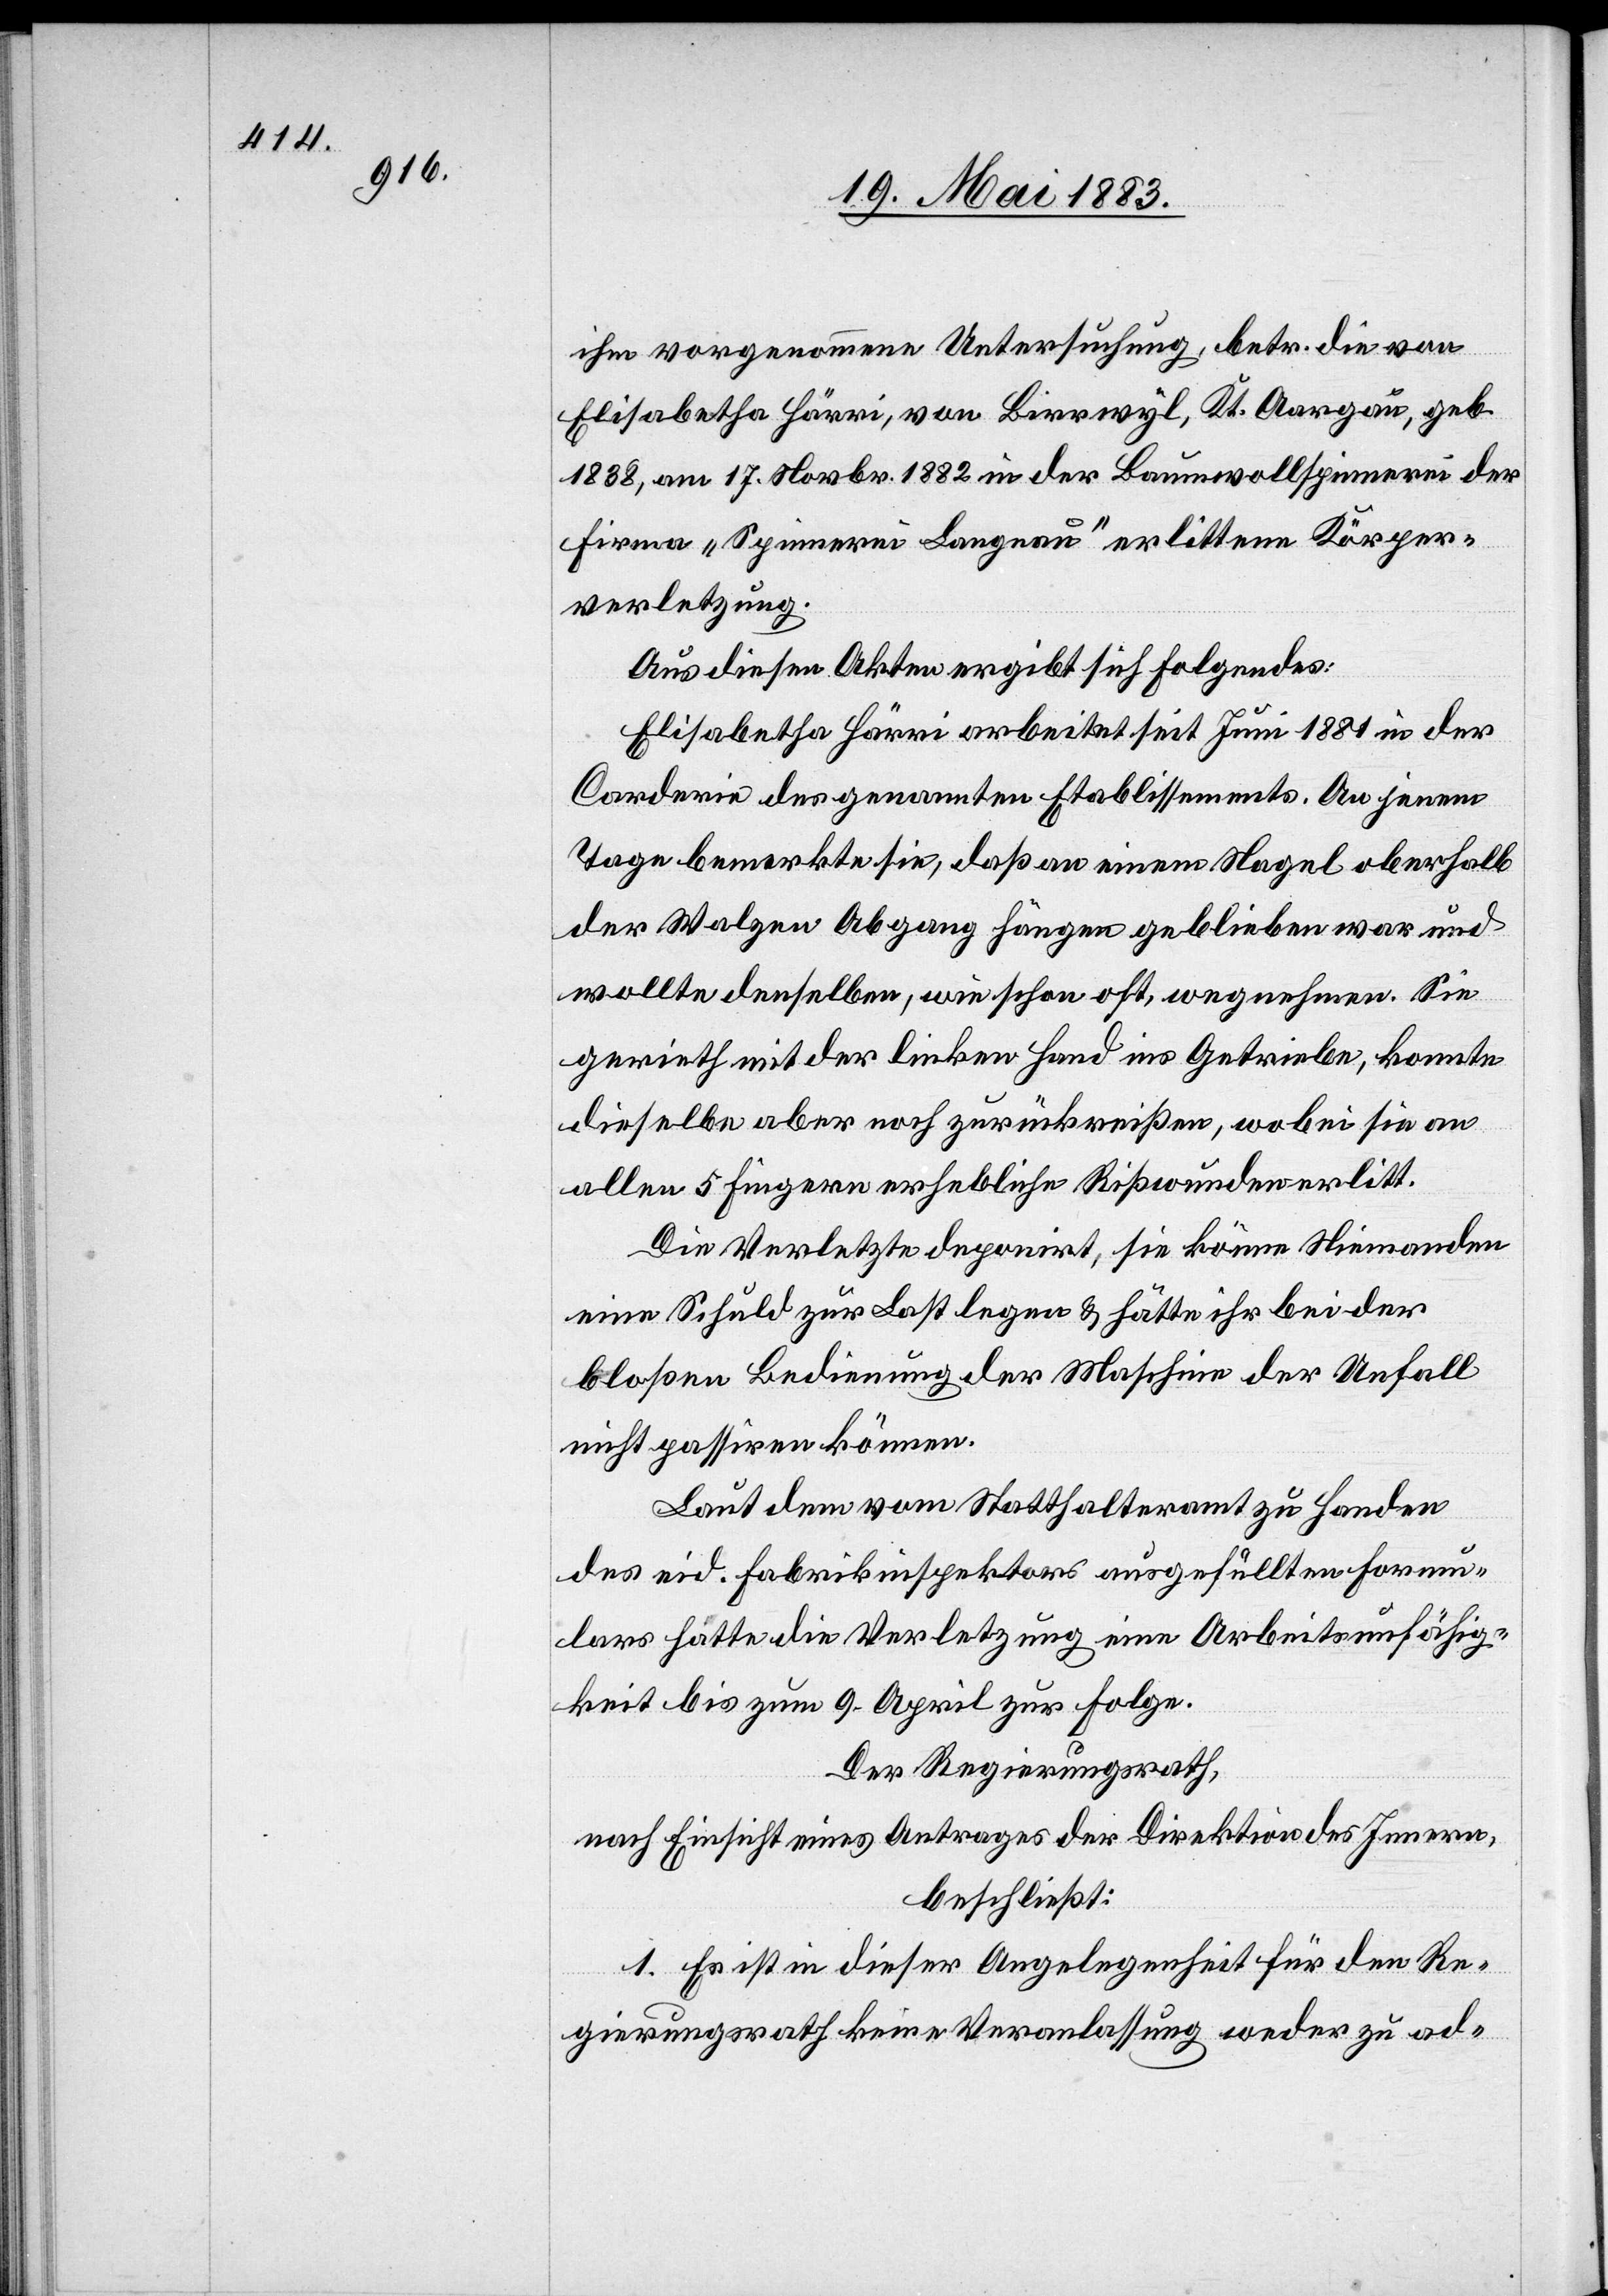
ihm vorgenommene Untersuchung, betr. die von
Elisabetha Härri, von Birrwyl, Kt. Aargau, geb.
1838, am 17. Novbr. 1882 in der Baumwollspinnerei der
Firma „Spinnerei Langnau“ erlittene Körper¬
verletzung.
Aus diesen Akten ergibt sich Folgendes:
Elisabetha Härri arbeitet seit Juni 1881 in der
Corderie des genannten Etablissements. An jenem
Tage bemerkte sie, daß an einem Nagel oberhalb
der Walzen Abgang hängen geblieben war und
wollte denselben, wie schon oft, wegnehmen. Sie
gerieth mit der linken Hand ins Getriebe, konnte
dieselbe aber noch zurückreißen, wobei sie an
allen 5 Fingern erhebliche Risswunden erlitt.
Die Verletzte deponirt, sie könne Niemandem
eine Schuld zur Last legen & hätte ihr bei der
bloßen Bedienung der Maschine der Unfall
nicht passiren können.
Laut dem vom Statthalteramt zu Handen
des eid. Fabrikinspektors ausgefüllten Formu¬
lars hätte die Verletzung eine Arbeitsunfähig¬
keit bis zum 9. April zur Folge.
Der Regierungsrath,
nach Einsicht eines Antrages der Direktion des Innern,
beschließt:
1. Es ist in dieser Angelegenheit für den Re¬
gierungsrath keine Veranlassung werder zu ad-